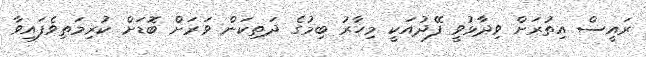
ރައީސް އިތުރަށް ވިދާޅުވީ ފޭދުއަކީ މިހާރު ބިމުގެ ދަތިކަން ވަރަށް ބޮޑަށް ކުރިމަތިވެފައިވާ